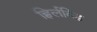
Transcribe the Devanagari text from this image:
ह्विर्लविंड